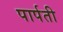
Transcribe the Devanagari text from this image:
पार्पती